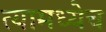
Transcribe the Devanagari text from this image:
त्यामध्येच